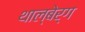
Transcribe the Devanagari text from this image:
थाल्बेर्ग